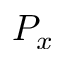
P _ { x }